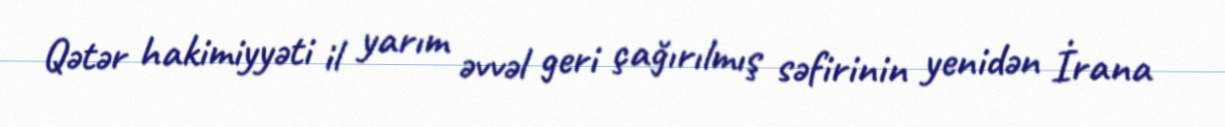
Qətər hakimiyyəti il yarım əvvəl geri çağırılmış səfirinin yenidən İrana